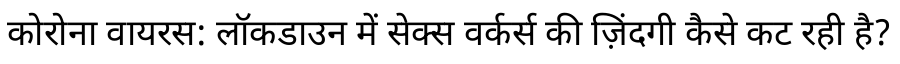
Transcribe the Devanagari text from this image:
कोरोना वायरस: लॉकडाउन में सेक्स वर्कर्स की ज़िंदगी कैसे कट रही है?